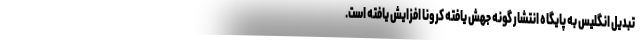
تبدیل انگلیس به پایگاه انتشار گونه جهش یافته کرونا افزایش یافته است.